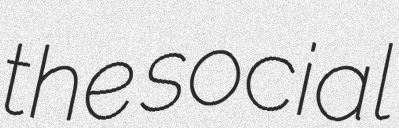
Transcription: the social